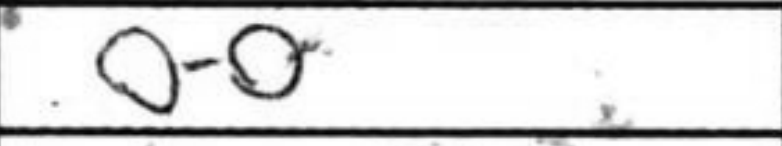
Transcription: O-O